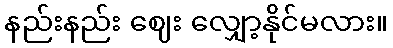
နည်းနည်း ဈေး လျှော့နိုင်မလား။